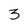
Character: 3